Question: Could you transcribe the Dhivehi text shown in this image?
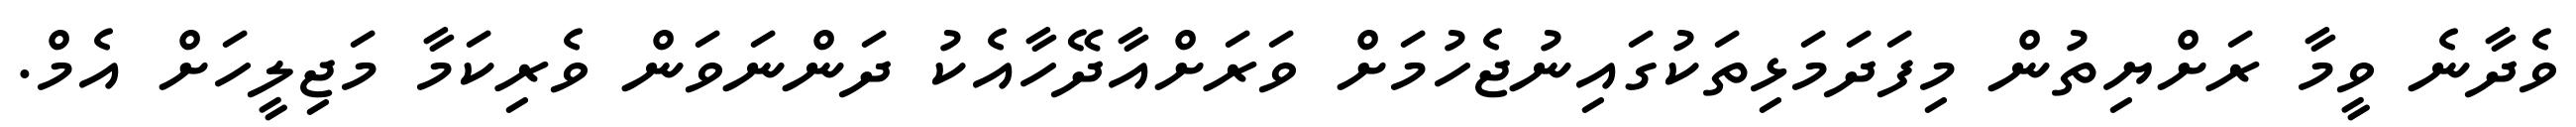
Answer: ވެދާނެ ވީމާ ރަށްޔިތުން މިފަދަމަޅިތަކުގައިނުޖެހުމަށް ވަރަށްއާދޭހާއެކު ދަންނަވަން ވެރިކަމާ މަޖިލީހަށް އެމް.